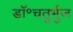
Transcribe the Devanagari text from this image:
डॉ॰चतुर्भुज